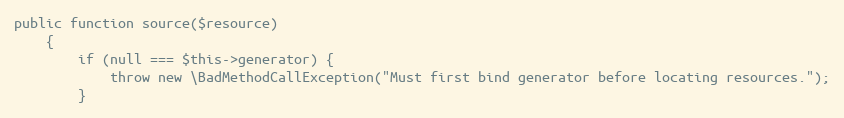
Language: PHP
public function source($resource)
    {
        if (null === $this->generator) {
            throw new \BadMethodCallException("Must first bind generator before locating resources.");
        }